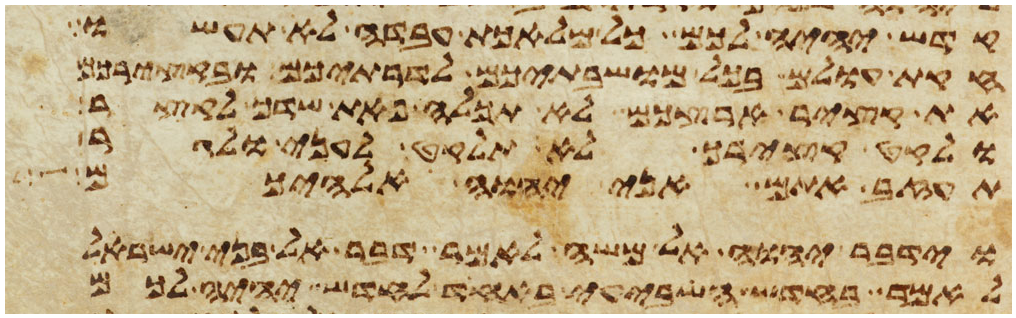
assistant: קדש יהיה לכם כל מלאכת עבדה לא תעשו
חקות עולם בכל מושבתיכם לדרתיכם ובקצירכם
את קציר ארצכם לא תכלה פאת שדך לקצר
ולקט קצירך לא תלקט לעני ולגר
תעזב אתם אני יהוה אלהיכם
וידבר יהוה אל משה לאמר דבר אל בני ישראל
לאמר בחדש השביעי באחד לחדש יהיה לכם